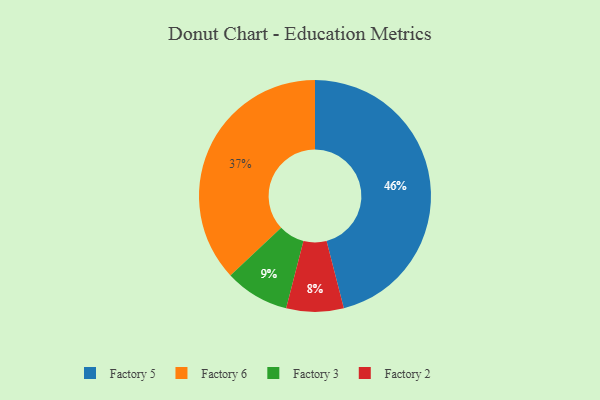
{"axis": {"x": "Category", "y": "Percentage"}, "legend": ["Factory 2", "Factory 3", "Factory 5", "Factory 6"], "data": [{"x": "Factory 3", "y": 9, "type": "Factory 3"}, {"x": "Factory 5", "y": 46, "type": "Factory 5"}, {"x": "Factory 2", "y": 8, "type": "Factory 2"}, {"x": "Factory 6", "y": 37, "type": "Factory 6"}]}